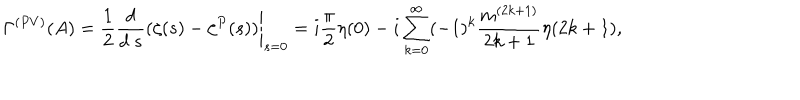
LaTeX: \Gamma ^ { ( P V ) } ( A ) = \frac { 1 } { 2 } \left. \frac { d } { d ~ s } ( \zeta ( s ) - \zeta ^ { P } ( s ) ) \right| _ { s = 0 } = i \frac { \pi } { 2 } \eta ( 0 ) - i \sum _ { k = 0 } ^ { \infty } ( - 1 ) ^ { k } \frac { m ^ { ( 2 k + 1 ) } } { 2 k + 1 } \eta ( 2 k + 1 ) ,